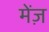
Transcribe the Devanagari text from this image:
मेंज़